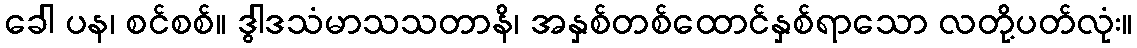
ခေါ ပန၊ စင်စစ်။ ဒွါဒသံမာသသတာနိ၊ အနှစ်တစ်ထောင်နှစ်ရာသော လတို့ပတ်လုံး။